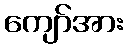
ကျော်အား